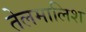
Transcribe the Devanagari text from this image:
तेलमालिश